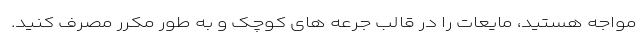
مواجه هستید، مایعات را در قالب جرعه های کوچک و به طور مکرر مصرف کنید.